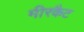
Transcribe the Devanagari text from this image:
मीरकैट